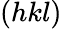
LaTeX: (hkl)